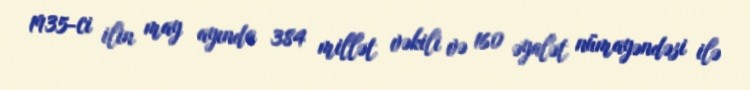
1935-ci ilin may ayında 384 millət vəkili və 160 əyalət nümayəndəsi ilə